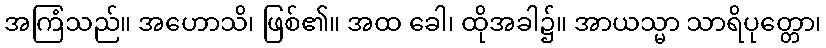
အကြံသည်။ အဟောသိ၊ ဖြစ်၏။ အထ ခေါ၊ ထိုအခါ၌။ အာယသ္မာ သာရိပုတ္တော၊